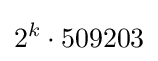
2^{k}\cdot 509203